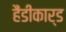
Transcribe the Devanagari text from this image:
हैंडीकार्ड